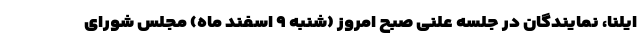
ایلنا، نمایندگان در جلسه علنی صبح امروز (شنبه ۹ اسفند ماه) مجلس شورای